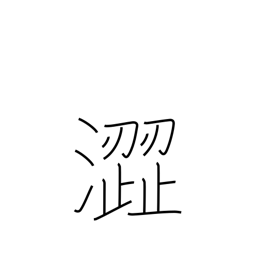
Meaning: harsh